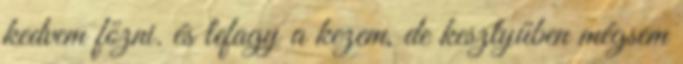
kedvem főzni. és lefagy a kezem, de kesztyűben mégsem